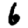
Digit: 6